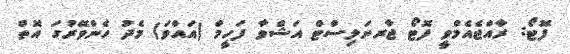
ފޮޓޯ: ރާއްޖެއެމްވީ ފޮޓޯ ޖާރނަލިސްޓް އަޝްވާ ފަހީމް (އައްވަ) މެދު ހެންވޭރުގަ އޮތް